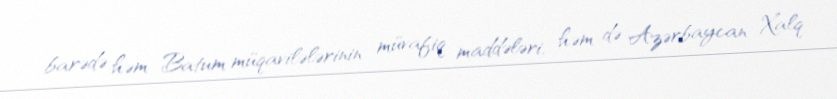
barədə həm Batum müqavilələrinin müvafiq maddələri, həm də Azərbaycan Xalq